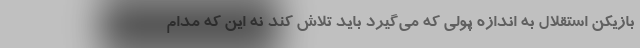
بازیکن استقلال به اندازه پولی که می‌گیرد باید تلاش کند نه این که مدام